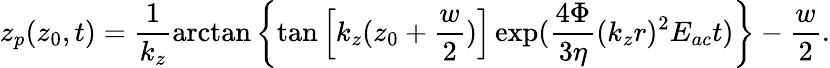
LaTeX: z_{p}(z_{0},t)=\frac{1}{k_{z}}\arctan\left\{ \tan\left[k_{z}(z_{0}+\frac{w}{2})\right]\exp(\frac{4\Phi}{3\eta}(k_{z}r)^{2}E_{ac}t)\right\} -\frac{w}{2}.